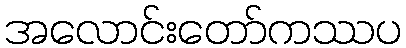
အလောင်းတော်ကဿပ